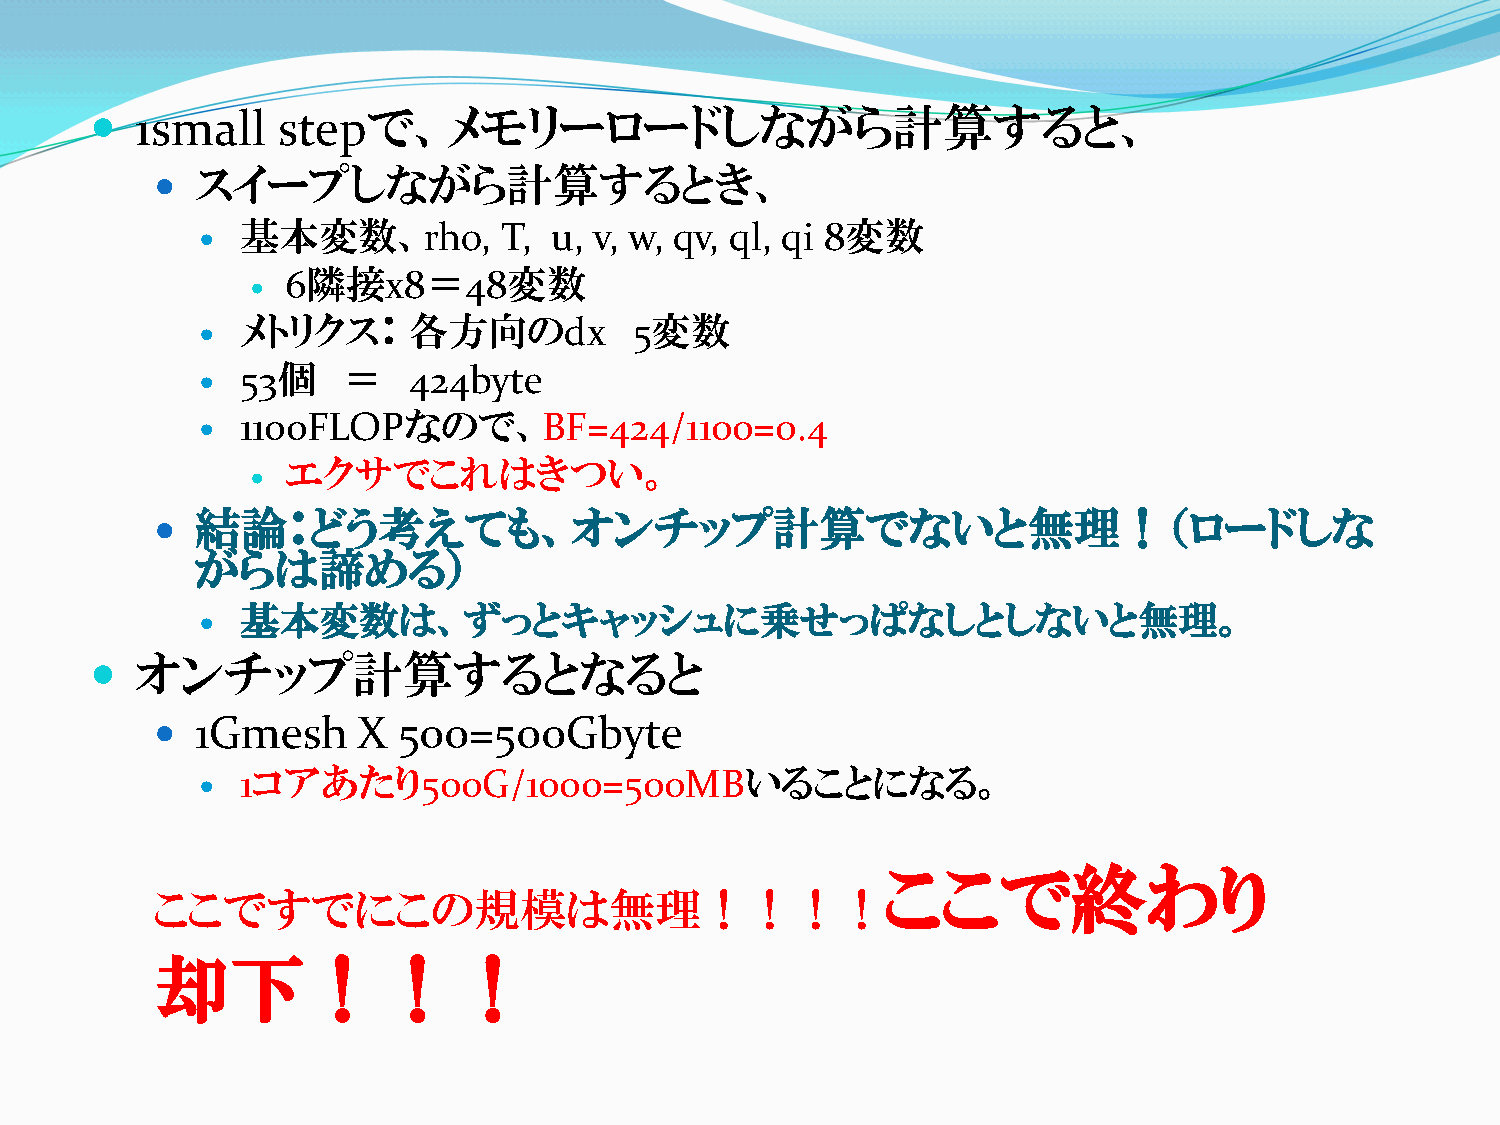
  1small   stepで、メモリーロードしながら計算すると、
 
 スイープしながら計算するとき、
 基本変数、rho,        T,  u, v, w, qv, ql, qi 8変数
 
 6隣接x8＝48変数
 
 メトリクス：     各方向のdx         5変数
 
 53個    ＝   424byte
 
 1100FLOPなので、BF=424/1100=0.4
 
 エクサでこれはきつい。
 
 結論：どう考えても、オンチップ計算でないと無理！（ロードしな
 
 がらは諦める）
 基本変数は、ずっとキャッシュに乗せっぱなしとしないと無理。
 
   オンチップ計算するとなると
   1Gmesh     X 500=500Gbyte
 1コアあたり500G/1000=500MBいることになる。
 
 ここで終わり
 ここですでにこの規模は無理！！！！
 却下！！！